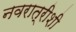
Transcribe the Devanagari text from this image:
नवरात्रीशी